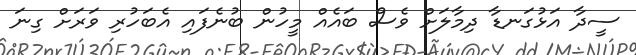
ސީދާ އަޅުގަނޑާ ދިމާލަށް ވެސް ބައެއް މީހުން ބުނެފައި އެބަހުރި ވަރަށް ގިނަ